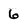
Character: 6